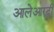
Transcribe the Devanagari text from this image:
आलेआरदी